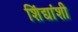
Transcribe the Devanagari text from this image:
शिंद्यांशी